Medical and sanitary report of the native army of Bengal for the year
Year: 1877
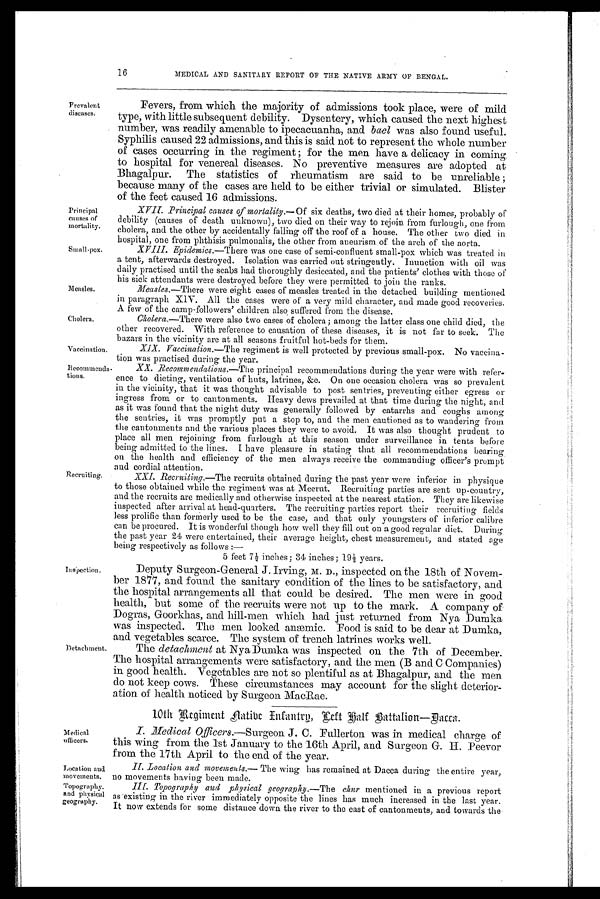
Principal
causes of
mortality.
Small-pox.
Vaccination.
Recommenda.
tions.
Medical
officers
Location and
movements.
Topography.
and physical
geography.
Prevalent
diseases:
Measles.
Cholera.
16
MEDICAL AND SANITARY REPORT OF THE NATIVE ARMY OF BENGAL.
Fevers, from which the majority of admissions took place, were of mild
type, with little subsequent debility. Dysentery, which caused the next highest
number, was readily amenable to ipecacuanha, and bael was also found useful.
Syphilis caused 22 admissions, and this is said not to represent the whole number
of cases occurring in the regiment ; for the men have a delicacy in coming
to hospital for venereal diseases. No preventive measures are adopted at
Bhagalpur. The statistics of rheumatism are said to be unreliable ;
because many of the cases are held to be either trivial or simulated. Blister
of the feet caused 16 admissions.
Principal causes of mortality.— Of six deaths, two died at their homes, probably of
debility (causes of death unknown), two died on their way to rejoin, from furlough, one from
cholera, and the other by accidentally falling off the roof of a house. The other two died in-
hospital. one from Phthisis pulmonalis, the other from aneurism of the arch of the aorta.
X VIII.
Epidemics.—There was one case of semi-confluent small-pox which was treated in
a tent, afterwards destroyed. Isolation was carried out stringently. Inunction with oil was
daily practised until the scabs had thoroughly desiccated, and the patients' clothes with those of
his sick attendants were destroyed before they were permitted to join the ranks.
Measles.—There were eight cases of measles treated in the detached building mentioned
in paragraph XIV. All the cases were of a very mild character, and made good recoveries.
A few of the camp-followers' children also suffered from the disease.
Cholera.—There were also two cases of cholera; among the latter class one child died, the
other recovered. With reference to causation of these diseases, it is not far to seek. The
bazars in the vicinity are at all seasons fruitful hot-beds for them.
Recruiting.
inspection.
Detachment.
XIX. Vaccination.—The regiment is well protected by previous small-pox. No vaccina-
tion was practised during the year.
XX. Recommendations.— The principal recommendations during the year were with refer-
ence to dieting, ventilation of huts, latrines, &c. On one occasion cholera was so prevalent
in the vicinity, that it was thought advisable to post sentries, preventing either egress or
ingress from or to cantonments. Heavy dews prevailed at that time during the night, and
as it was found that the night duty was generally followed by catarrhs and coughs among
the sentries, it was promptly put a stop to, and the men cautioned as to wandering from
the cantonments and the various places they were to avoid. It was also thought prudent to
place all men rejoining from furlough at this season under surveillance in tents before
being admitted to the lines. I have pleasure in stating that all recommendations bearing
on the health and efficiency of the men always receive the commanding officer's prompt
and cordial attention.
XXI. Recruiting.—The recruits obtained during the past year were inferior in physique
to those obtained while the regiment was at Meerut. Recruiting parties are sent up-country,
and the recruits are medically and otherwise inspected at the nearest station. They are likewise
inspected after arrival at head-quarters. The recruiting parties report their recruiting fields
less prolific than formerly used to be the case, and that only youngsters of inferior calibre
can be procured. It is wonderful though how well they fill out on a good regular diet. During
the past year 24 were entertained, their average height, chest measurement, and stated age
being respectively as follows :
—
5 feet 7 ½ inches ; 34 inches ; 19 ½ years.
Deputy Surgeon-General J. Irving, M. D ., inspected on the 18th of Novem-
ber 1877, and found the sanitary condition of the lines to be satisfactory, and
the hospital arrangements all that could be desired. The men were in good
health, but some of the recruits were not up to the mark. A company of
Dogras, Goorkhas, and hill-men which had just returned from Nya Dumka
was inspected. The men looked anaemic. Food is said to be dear at Dumka,
and vegetables scarce. The system of trench latrines works well.
The detachment at Nya Dumka was inspected on the 7th of December.
The hospital arrangements were satisfactory, and the men (B and C Companies)
in good health. Vegetables are not so plentiful as at Bhagalpur, and the men
do not keep cows. These circumstances may account for the slight deterior-
ation of health noticed by Surgeon MacRae.
10th Regiment Native Infantry L e f t H a l f B
a t t a l i o n — D a c c a .
I. Medical Officers.—Surgeon J. C. Fullerton was in medical charge of
this wing from the 1st January to the 16th April, and Surgeon G. H. Peevor
from the 17th April to the end of the year.
II. Location and movements.— The wing has remained at Dacca during the entire year,
no movements having. been made.
III. Topography and physical geographs. —The chur mentioned in a previous report
as existing in the river immediately opposite the lines has much increased in the last year.
It now extends for some distance down the river to the east of cantonments, and towards the